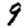
Digit: 9